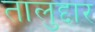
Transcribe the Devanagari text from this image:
तालुद्दार